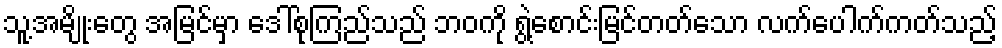
သူ့အမျိုးတွေ အမြင်မှာ ဒေါ်စုကြည်သည် ဘဝကို ရွဲ့စောင်းမြင်တတ်သော လက်ပေါက်ကတ်သည့်